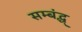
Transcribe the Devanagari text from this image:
सम्बंद्ध्